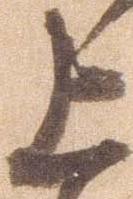
上